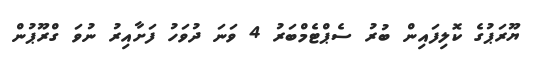
ޔޫރަޕުގެ ކޮލިފައިން ބުރު ސެޕްޓެމްބަރު 4 ވަނަ ދުވަހު ފަށާއިރު ނުވަ ގްރޫޕުން